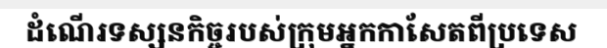
ដំណើរទស្សនកិច្ចរបស់ក្រុមអ្នកកាសែតពីប្រទេស